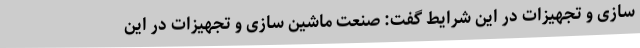
سازی و تجهیزات در این شرایط گفت: صنعت ماشین سازی و تجهیزات در این